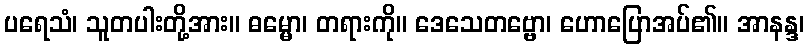
ပရေသံ၊ သူတပါးတို့အား။ ဓမ္မော၊ တရားကို။ ဒေသေတဗ္ဗော၊ ဟောပြောအပ်၏။ အာနန္ဒ၊